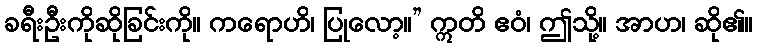
ခရီးဦးကိုဆိုခြင်းကို။ ကရောဟိ၊ ပြုလော့။” ဣတိ ဧဝံ၊ ဤသို့။ အာဟ၊ ဆို၏။